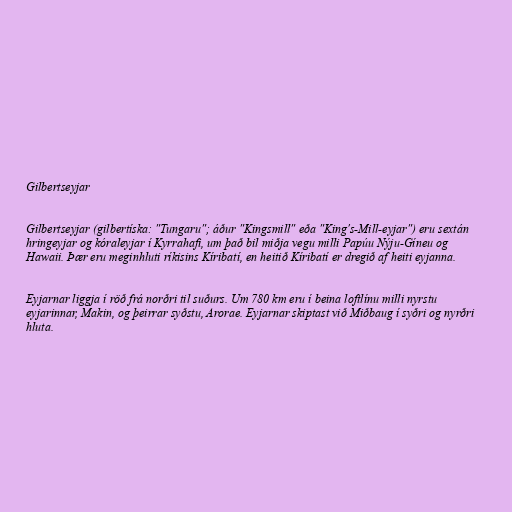
Gilbertseyjar

Gilbertseyjar (gilbertíska: "Tungaru"; áður "Kingsmill" eða "King's-Mill-eyjar") eru sextán
hringeyjar og kóraleyjar í Kyrrahafi, um það bil miðja vegu milli Papúu Nýju-Gíneu og
Hawaii. Þær eru meginhluti ríkisins Kíribatí, en heitið Kíribatí er dregið af heiti eyjanna.

Eyjarnar liggja í röð frá norðri til suðurs. Um 780 km eru í beina loftlínu milli nyrstu
eyjarinnar, Makin, og þeirrar syðstu, Arorae. Eyjarnar skiptast við Miðbaug í syðri og nyrðri
hluta.